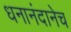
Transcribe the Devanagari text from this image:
धनानंदानेच